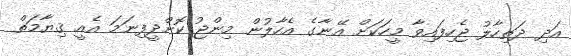
އަދި ދަތިހާލު ޖެހިފައިވާ މީހަކަށް އޭނާގެ އެހާލުން މިންޖު ކޮށްދީފިނަމަ އެއީ ޤިޔާމަތް